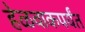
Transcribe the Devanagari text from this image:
हेळवाकपर्यंत